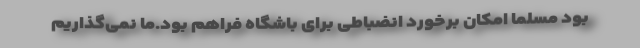
بود مسلما امکان برخورد انضباطی برای باشگاه فراهم بود.ما نمی‌گذاریم